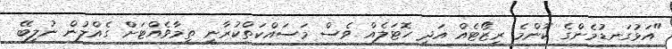
"އަޅުގަނޑުމެންގެ ކޮންމެ ރިޒޯޓެއް އަދި ހޮޓަލެއް ވެސް މަސައްކަތްކުރާނީ ތިމާވެެއްޓަށް ގެއްލުން ނުލިބޭ